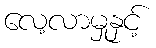
လေ့လာမှုနှင့်